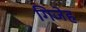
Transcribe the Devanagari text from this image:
गिजेह